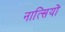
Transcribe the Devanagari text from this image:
नात्सियों